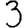
Digit: 3